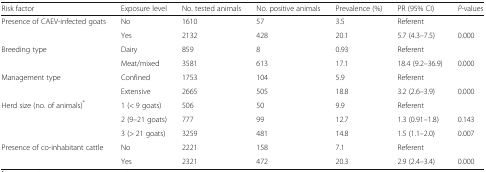
<table><thead><tr><td><b>Risk factor</b></td><td><b>Exposure level</b></td><td><b>No. tested animals</b></td><td><b>No. positive animals</b></td><td><b>Prevalence (%)</b></td><td><b>PR (95% CI)</b></td><td><b><i>P</i>-values</b></td></tr></thead><tbody><tr><td rowspan="2">Presence of CAEV-infected goats</td><td>No</td><td>1610</td><td>57</td><td>3.5</td><td>Referent</td><td></td></tr><tr><td>Yes</td><td>2132</td><td>428</td><td>20.1</td><td>5.7 (4.3–7.5)</td><td>0.000</td></tr><tr><td rowspan="2">Breeding type</td><td>Dairy</td><td>859</td><td>8</td><td>0.93</td><td>Referent</td><td></td></tr><tr><td>Meat/mixed</td><td>3581</td><td>613</td><td>17.1</td><td>18.4 (9.2–36.9)</td><td>0.000</td></tr><tr><td rowspan="2">Management type</td><td>Confined</td><td>1753</td><td>104</td><td>5.9</td><td>Referent</td><td></td></tr><tr><td>Extensive</td><td>2665</td><td>505</td><td>18.8</td><td>3.2 (2.6–3.9)</td><td>0.000</td></tr><tr><td rowspan="3">Herd size (no. of animals)<sup>*</sup></td><td>1 (&lt; 9 goats)</td><td>506</td><td>50</td><td>9.9</td><td>Referent</td><td></td></tr><tr><td>2 (9–21 goats)</td><td>777</td><td>99</td><td>12.7</td><td>1.3 (0.91–1.8)</td><td>0.143</td></tr><tr><td>3 (&gt; 21 goats)</td><td>3259</td><td>481</td><td>14.8</td><td>1.5 (1.1–2.0)</td><td>0.007</td></tr><tr><td rowspan="2">Presence of co-inhabitant cattle</td><td>No</td><td>2221</td><td>158</td><td>7.1</td><td>Referent</td><td></td></tr><tr><td>Yes</td><td>2321</td><td>472</td><td>20.3</td><td>2.9 (2.4–3.4)</td><td>0.000</td></tr></tbody></table>